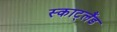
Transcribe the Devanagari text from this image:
स्काट्लैंड